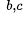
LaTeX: ^{^{\, b,c}}